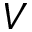
V